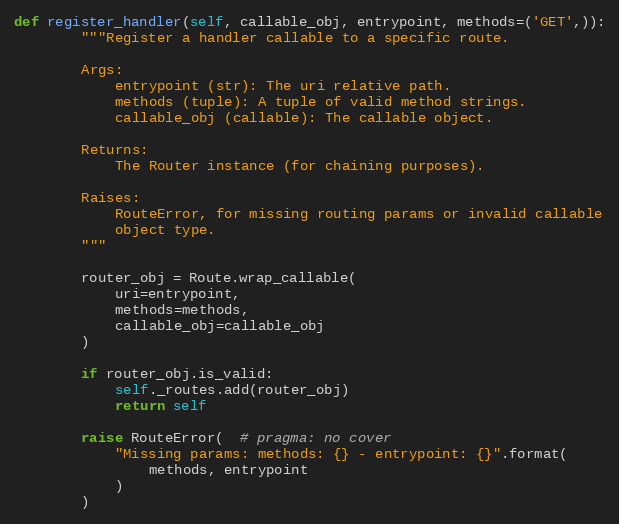
Language: Python
def register_handler(self, callable_obj, entrypoint, methods=('GET',)):
        """Register a handler callable to a specific route.

        Args:
            entrypoint (str): The uri relative path.
            methods (tuple): A tuple of valid method strings.
            callable_obj (callable): The callable object.

        Returns:
            The Router instance (for chaining purposes).

        Raises:
            RouteError, for missing routing params or invalid callable
            object type.
        """

        router_obj = Route.wrap_callable(
            uri=entrypoint,
            methods=methods,
            callable_obj=callable_obj
        )

        if router_obj.is_valid:
            self._routes.add(router_obj)
            return self

        raise RouteError(  # pragma: no cover
            "Missing params: methods: {} - entrypoint: {}".format(
                methods, entrypoint
            )
        )